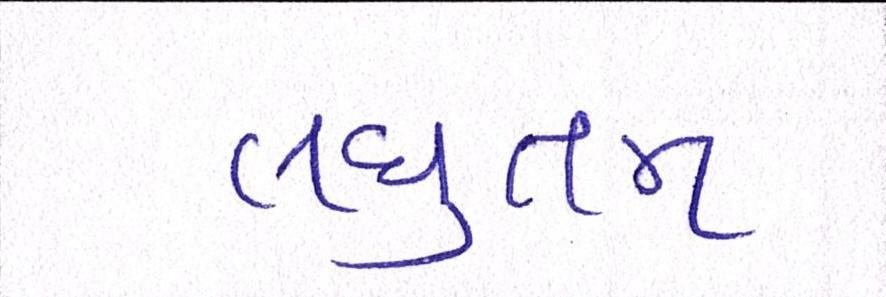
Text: લઘુત્તમ